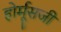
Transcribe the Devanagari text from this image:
होर्मूसजी